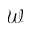
\mathcal { W }